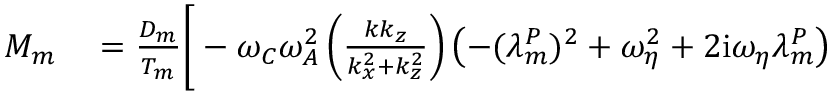
\begin{array} { r l } { M _ { m } } & { { } = \frac { D _ { m } } { T _ { m } } \bigg [ - \omega _ { C } \omega _ { A } ^ { 2 } \left( \frac { k k _ { z } } { k _ { x } ^ { 2 } + k _ { z } ^ { 2 } } \right) \left( - ( \lambda _ { m } ^ { P } ) ^ { 2 } + \omega _ { \eta } ^ { 2 } + 2 \mathrm { i } \omega _ { \eta } \lambda _ { m } ^ { P } \right) } \end{array}